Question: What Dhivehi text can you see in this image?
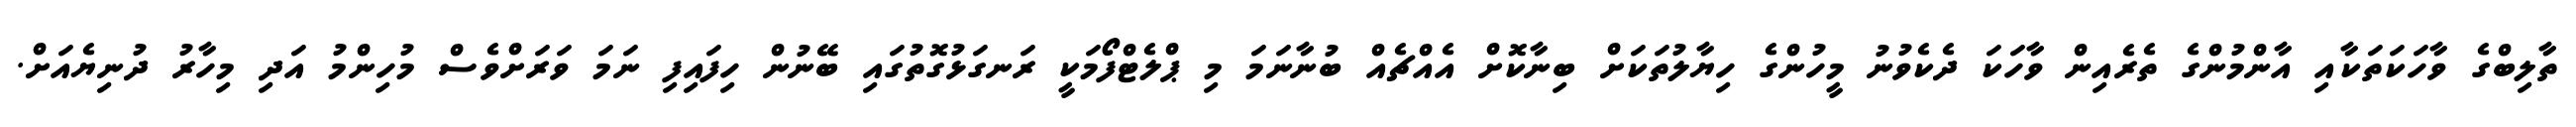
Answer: ތާލިބްގެ ވާހަކަތަކާއި އާންމުންގެ ތެރެއިން ވާހަކަ ދެކެވުނު މީހުންގެ ހިޔާލުތަކަށް ބިނާކޮށް އެއްޗެއް ބުނާނަމަ މި ޕްލެޓްފޯމަކީ ރަނގަޅުގޮތުގައި ބޭނުން ހިފައިފި ނަމަ ވަރަށްވެސް މުހިންމު އަދި މިހާރު ދުނިޔެއަށް.